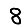
Digit: 8